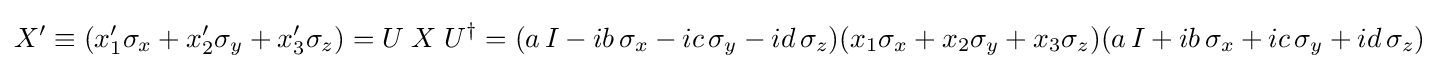
X^{\prime }\equiv (x_{1}^{\prime }\sigma _{x}+x_{2}^{\prime }\sigma _{y}+x_{3}^{\prime }\sigma _{z})=U\;X\;U^{\dagger }=(a\,I-ib\,\sigma _{x}-ic\,\sigma _{y}-id\,\sigma _{z})(x_{1}\sigma _{x}+x_{2}\sigma _{y}+x_{3}\sigma _{z})(a\,I+ib\,\sigma _{x}+ic\,\sigma _{y}+id\,\sigma _{z})